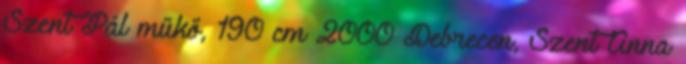
Szent Pál műkő, 190 cm 2000 Debrecen, Szent Anna